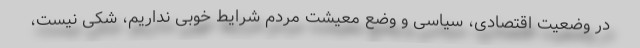
در وضعیت اقتصادی، سیاسی و وضع معیشت مردم شرایط خوبی نداریم، شکی نیست،